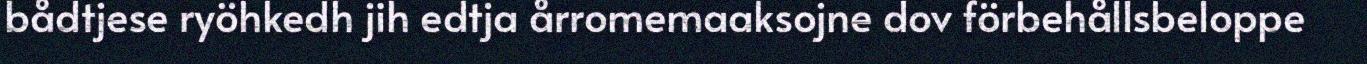
bådtjese ryöhkedh jih edtja årromemaaksojne dov förbehållsbeloppe